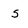
Character: 5